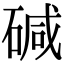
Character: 碱